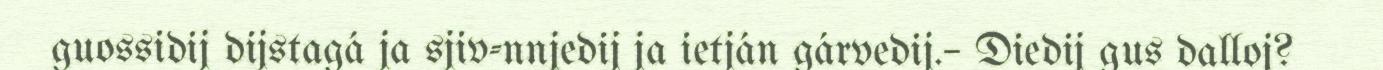
guossidij dijstagá ja sjiv-nnjedij ja ietján gárvedij.– Diedij gus dalloj?